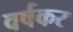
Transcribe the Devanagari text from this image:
वर्षकर